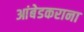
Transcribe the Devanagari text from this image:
आंबेडकराना